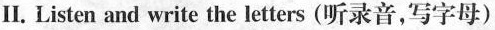
Ⅱ. Listen and write the letters (听录音,写字母)